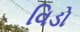
વિડો